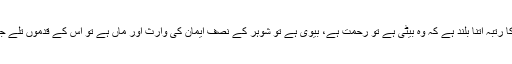
عورت کا رتبہ اتنا بلند ہے کہ وہ بیٹی ہے تو رحمت ہے، بیوی ہے تو شوہر کے نصف ایمان کی وارث اور ماں ہے تو اس کے قدموں تلے جنت ہے۔